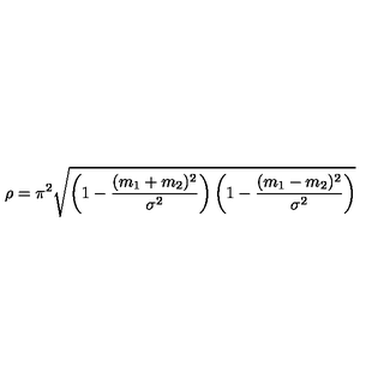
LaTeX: \rho = \pi ^ { 2 } \sqrt { \left( 1 - \frac { ( m _ { 1 } + m _ { 2 } ) ^ { 2 } } { \sigma ^ { 2 } } \right) \left( 1 - \frac { ( m _ { 1 } - m _ { 2 } ) ^ { 2 } } { \sigma ^ { 2 } } \right) }